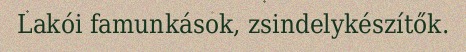
Lakói famunkások, zsindelykészítők.